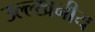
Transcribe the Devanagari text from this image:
उल्ल्खनीय